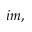
i m ,